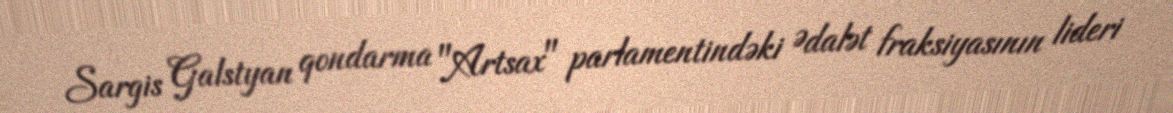
Sargis Galstyan qondarma "Artsax" parlamentindəki Ədalət fraksiyasının lideri